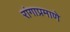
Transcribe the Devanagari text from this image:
रांगाप्रमाणे